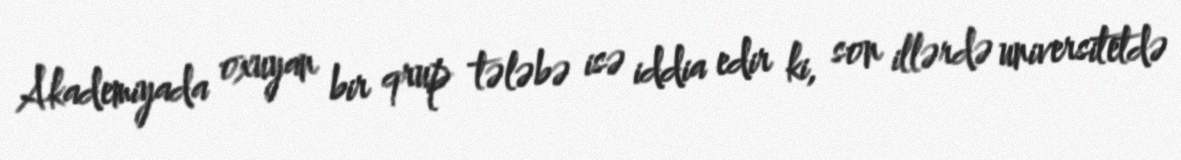
Akademiyada oxuyan bir qrup tələbə isə iddia edir ki, son illərdə universitetdə